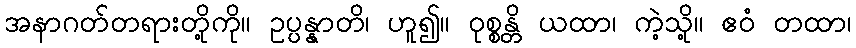
အနာဂတ်တရားတို့ကို။ ဥပ္ပန္နာတိ၊ ဟူ၍။ ဝုစ္စန္တိ ယထာ၊ ကဲ့သို့။ ဧဝံ တထာ၊